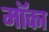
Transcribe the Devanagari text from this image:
मॉका